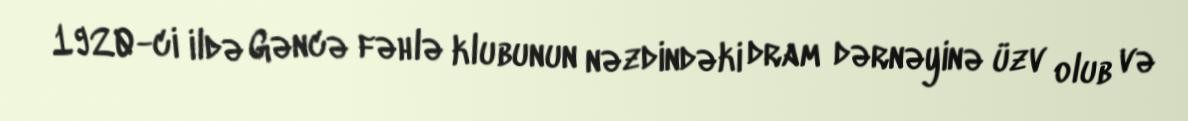
1920-ci ildə Gəncə fəhlə klubunun nəzdindəki dram dərnəyinə üzv olub və